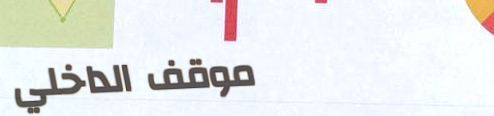
موقف الداخلي